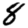
Digit: 8